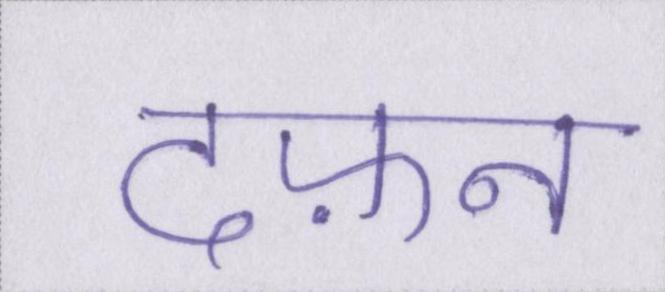
दफ़न